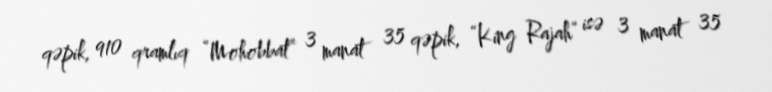
qəpik, 910 qramlıq “Mohobbat” 3 manat 35 qəpik, “King Rajah” isə 3 manat 35